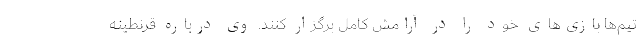
تیم‌ها بازی‌های خود را در آرامش کامل برگزار کنند. وی درباره قرنطینه